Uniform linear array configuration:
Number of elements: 12
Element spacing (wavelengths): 0.75
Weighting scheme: hamming
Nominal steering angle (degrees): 45
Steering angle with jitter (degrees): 43.531
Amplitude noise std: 0.05
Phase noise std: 0.05

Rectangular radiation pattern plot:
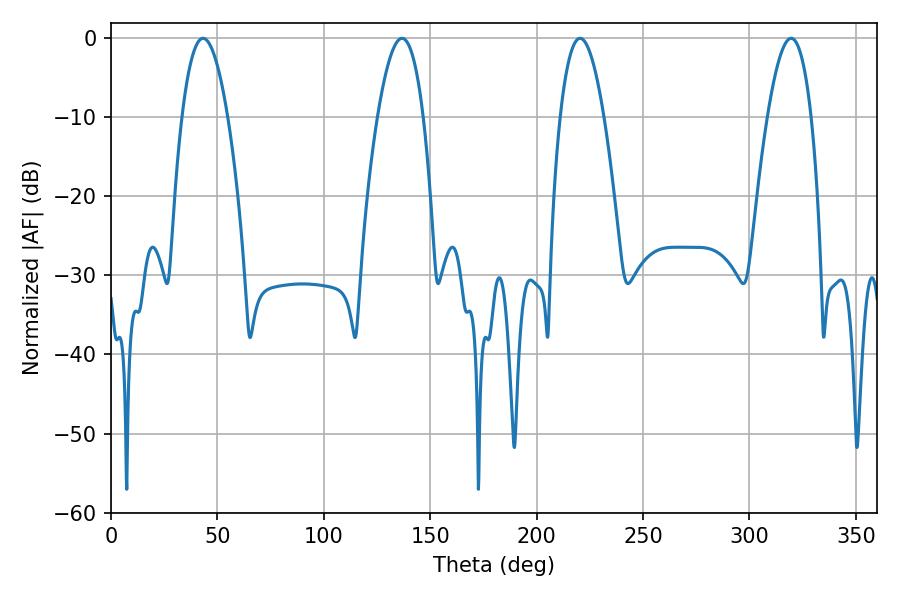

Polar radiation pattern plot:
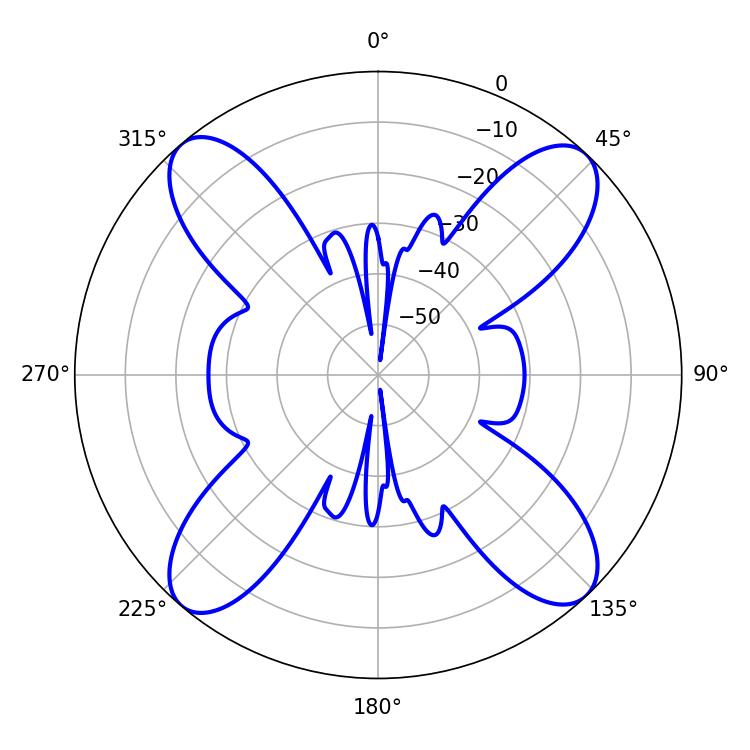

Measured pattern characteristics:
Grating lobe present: TRUE
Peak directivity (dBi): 18.677
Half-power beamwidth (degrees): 11.88
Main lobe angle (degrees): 43.2